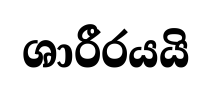
ශාරීරයයි